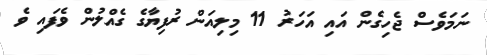
ނަމަވެސް ޖެހިގެން އައި އަހަރު 11 މިލިއަން ރުފިޔާގެ ގެއްލުން ވެފައި ވެ